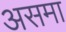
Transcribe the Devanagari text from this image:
असमा